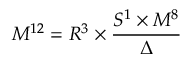
M ^ { 1 2 } = R ^ { 3 } \times \frac { S ^ { 1 } \times M ^ { 8 } } { \Delta }